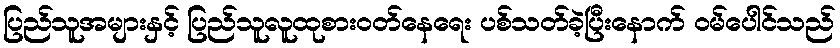
ပြည်သူအများနှင့် ပြည်သူလူထုစားဝတ်နေရေး ပစ်သတ်ခဲ့ပြီးနောက် ဝမ်ပေါင်သည်